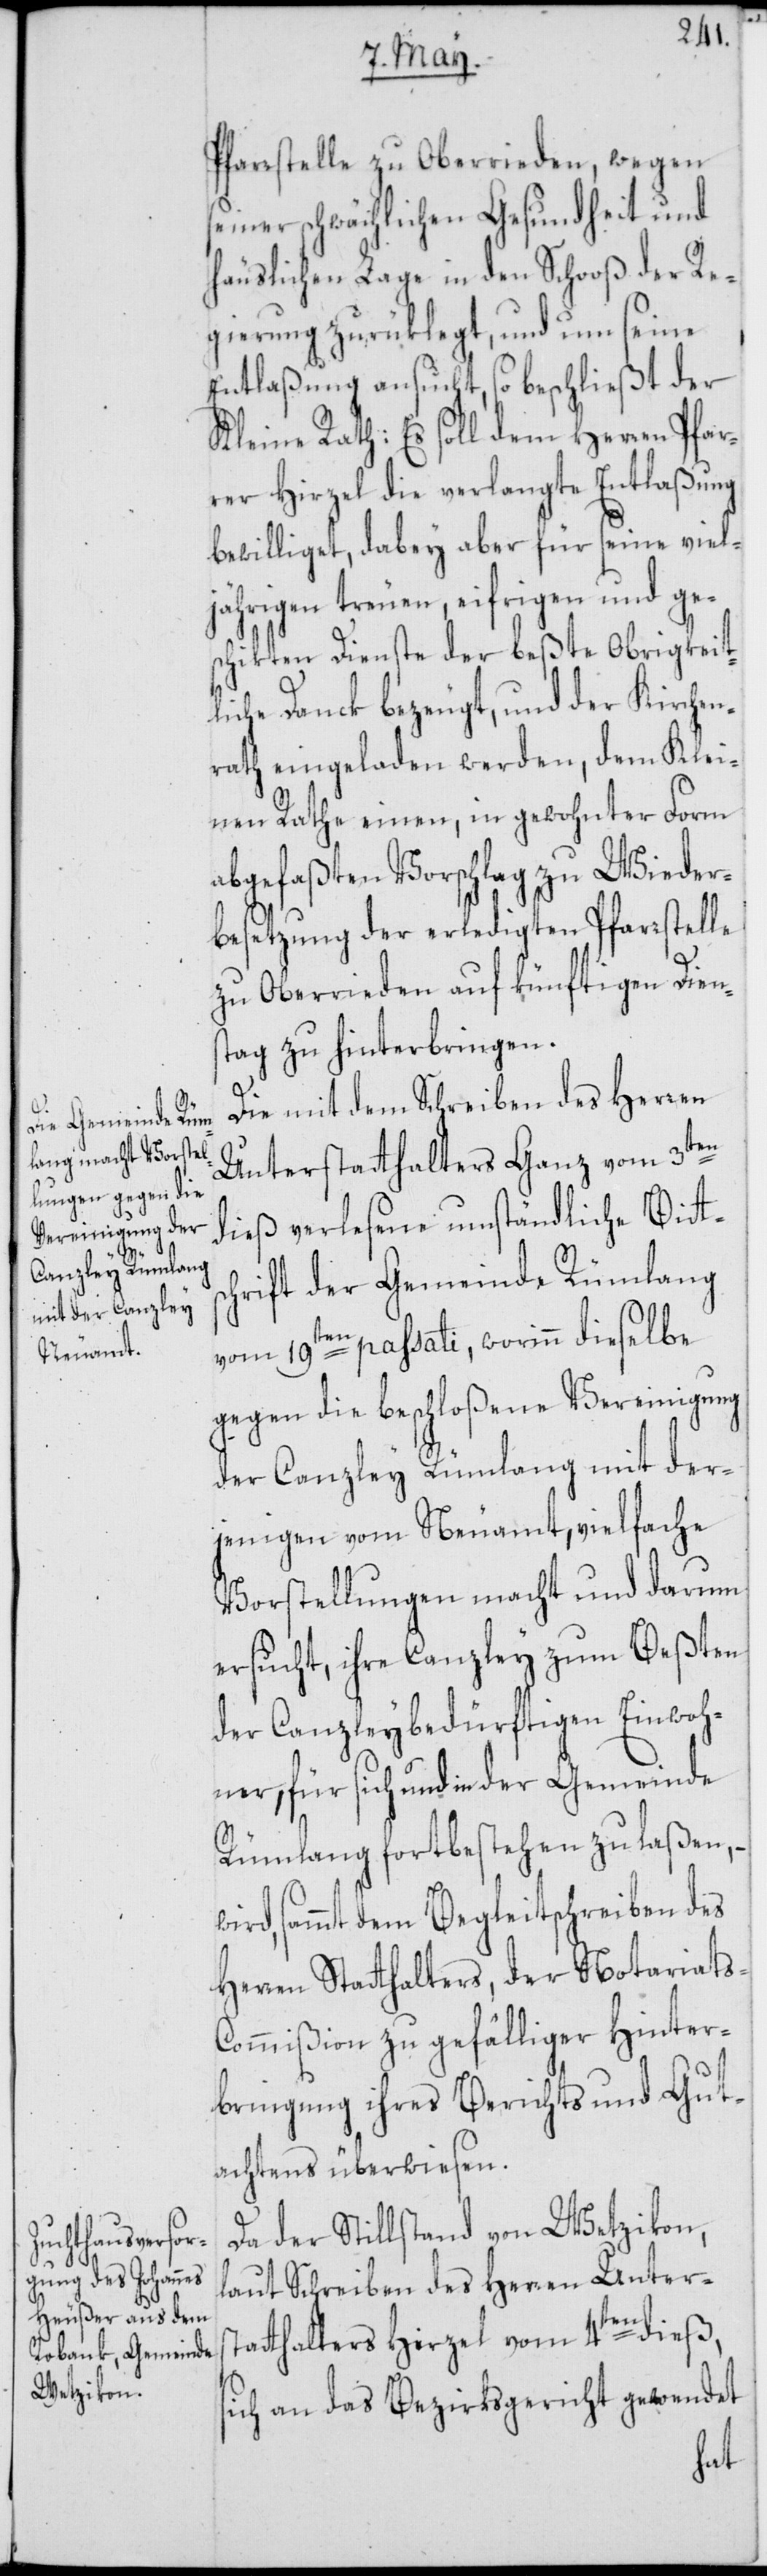
w¬

Pfarrstelle zu Oberrieden, wegen
seiner schwächlichen Gesundheit und
häuslichen Lage in den Schooß der Re¬
gierung zurüklegt, und um seine
Entlaßung ansucht, so beschließt der
Kleine Rath: Es soll dem Herren Pfar¬
rer Hirzel die verlangte Entlaßung
bewilliget, dabey aber für seine viel¬
jährigen treuen, eifrigen und ge¬
schikten Dienste der beßte Obrigkeit¬
liche Danck bezeugt, und der Kirchen¬
rath eingeladen werden, dem Klei¬
nen Rathe einen, in gewohnter Form
abgefaßten Vorschlag zu Wieder¬
besetzung der erledigten Pfarrstelle
zu Oberrieden auf künftigen Diens¬
tag zu hinterbringen.
Die mit dem Schreiben des Herren
Unterstatthalters Ganz vom 3ten
dieß verlesene umständliche Bitts¬
chrift der Gemeinde Rümlang
vom 19ten passati, worinn dieselbe
gegen die beschloßene Vereinigung
der Canzley Rümlang mit der¬
jenigen vom Neuamt, vielfache
Vorstellungen macht und darum
ersucht, ihre Canzley zum Beßten
der Canzleybedürftigen Einwoh¬
ner, für sich und in der Gemeinde
Rümlang fortbestehen zu laßen,
ird, sammt dem Begleitschreiben des
Herren Statthalters, der Notariats-C¬
ommißion zu gefälliger Hinter¬
bringung ihres Berichts und Gut¬
achtens überwiesen.
Da der Stillstand von Wetzikon,
laut Schreiben des Herren Unters¬
tatthalters Hirzel vom 4ten dieß,
sich an das Bezirksgericht gewendet